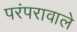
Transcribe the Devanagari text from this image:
परंपरावाले